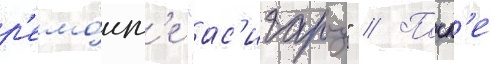
р'емо́нт'е "ас'игару" // Посл'е